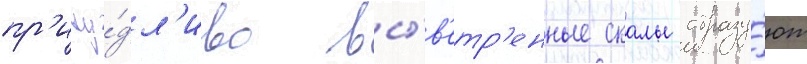
пр'ичу́дл'иво вы́в'етр'енные скалы образу́ют